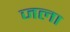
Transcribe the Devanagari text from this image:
जला